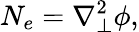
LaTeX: N_{e}=\nabla_{\perp}^{2}\phi,